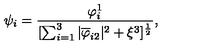
{ \psi _ { i } } = { \frac { \varphi _ { i } ^ { 1 } } { [ \sum _ { i = 1 } ^ { 3 } | \overline { { \varphi } } _ { i 2 } | ^ { 2 } + \xi ^ { 3 } ] ^ { \frac { 1 } { 2 } } } } ,